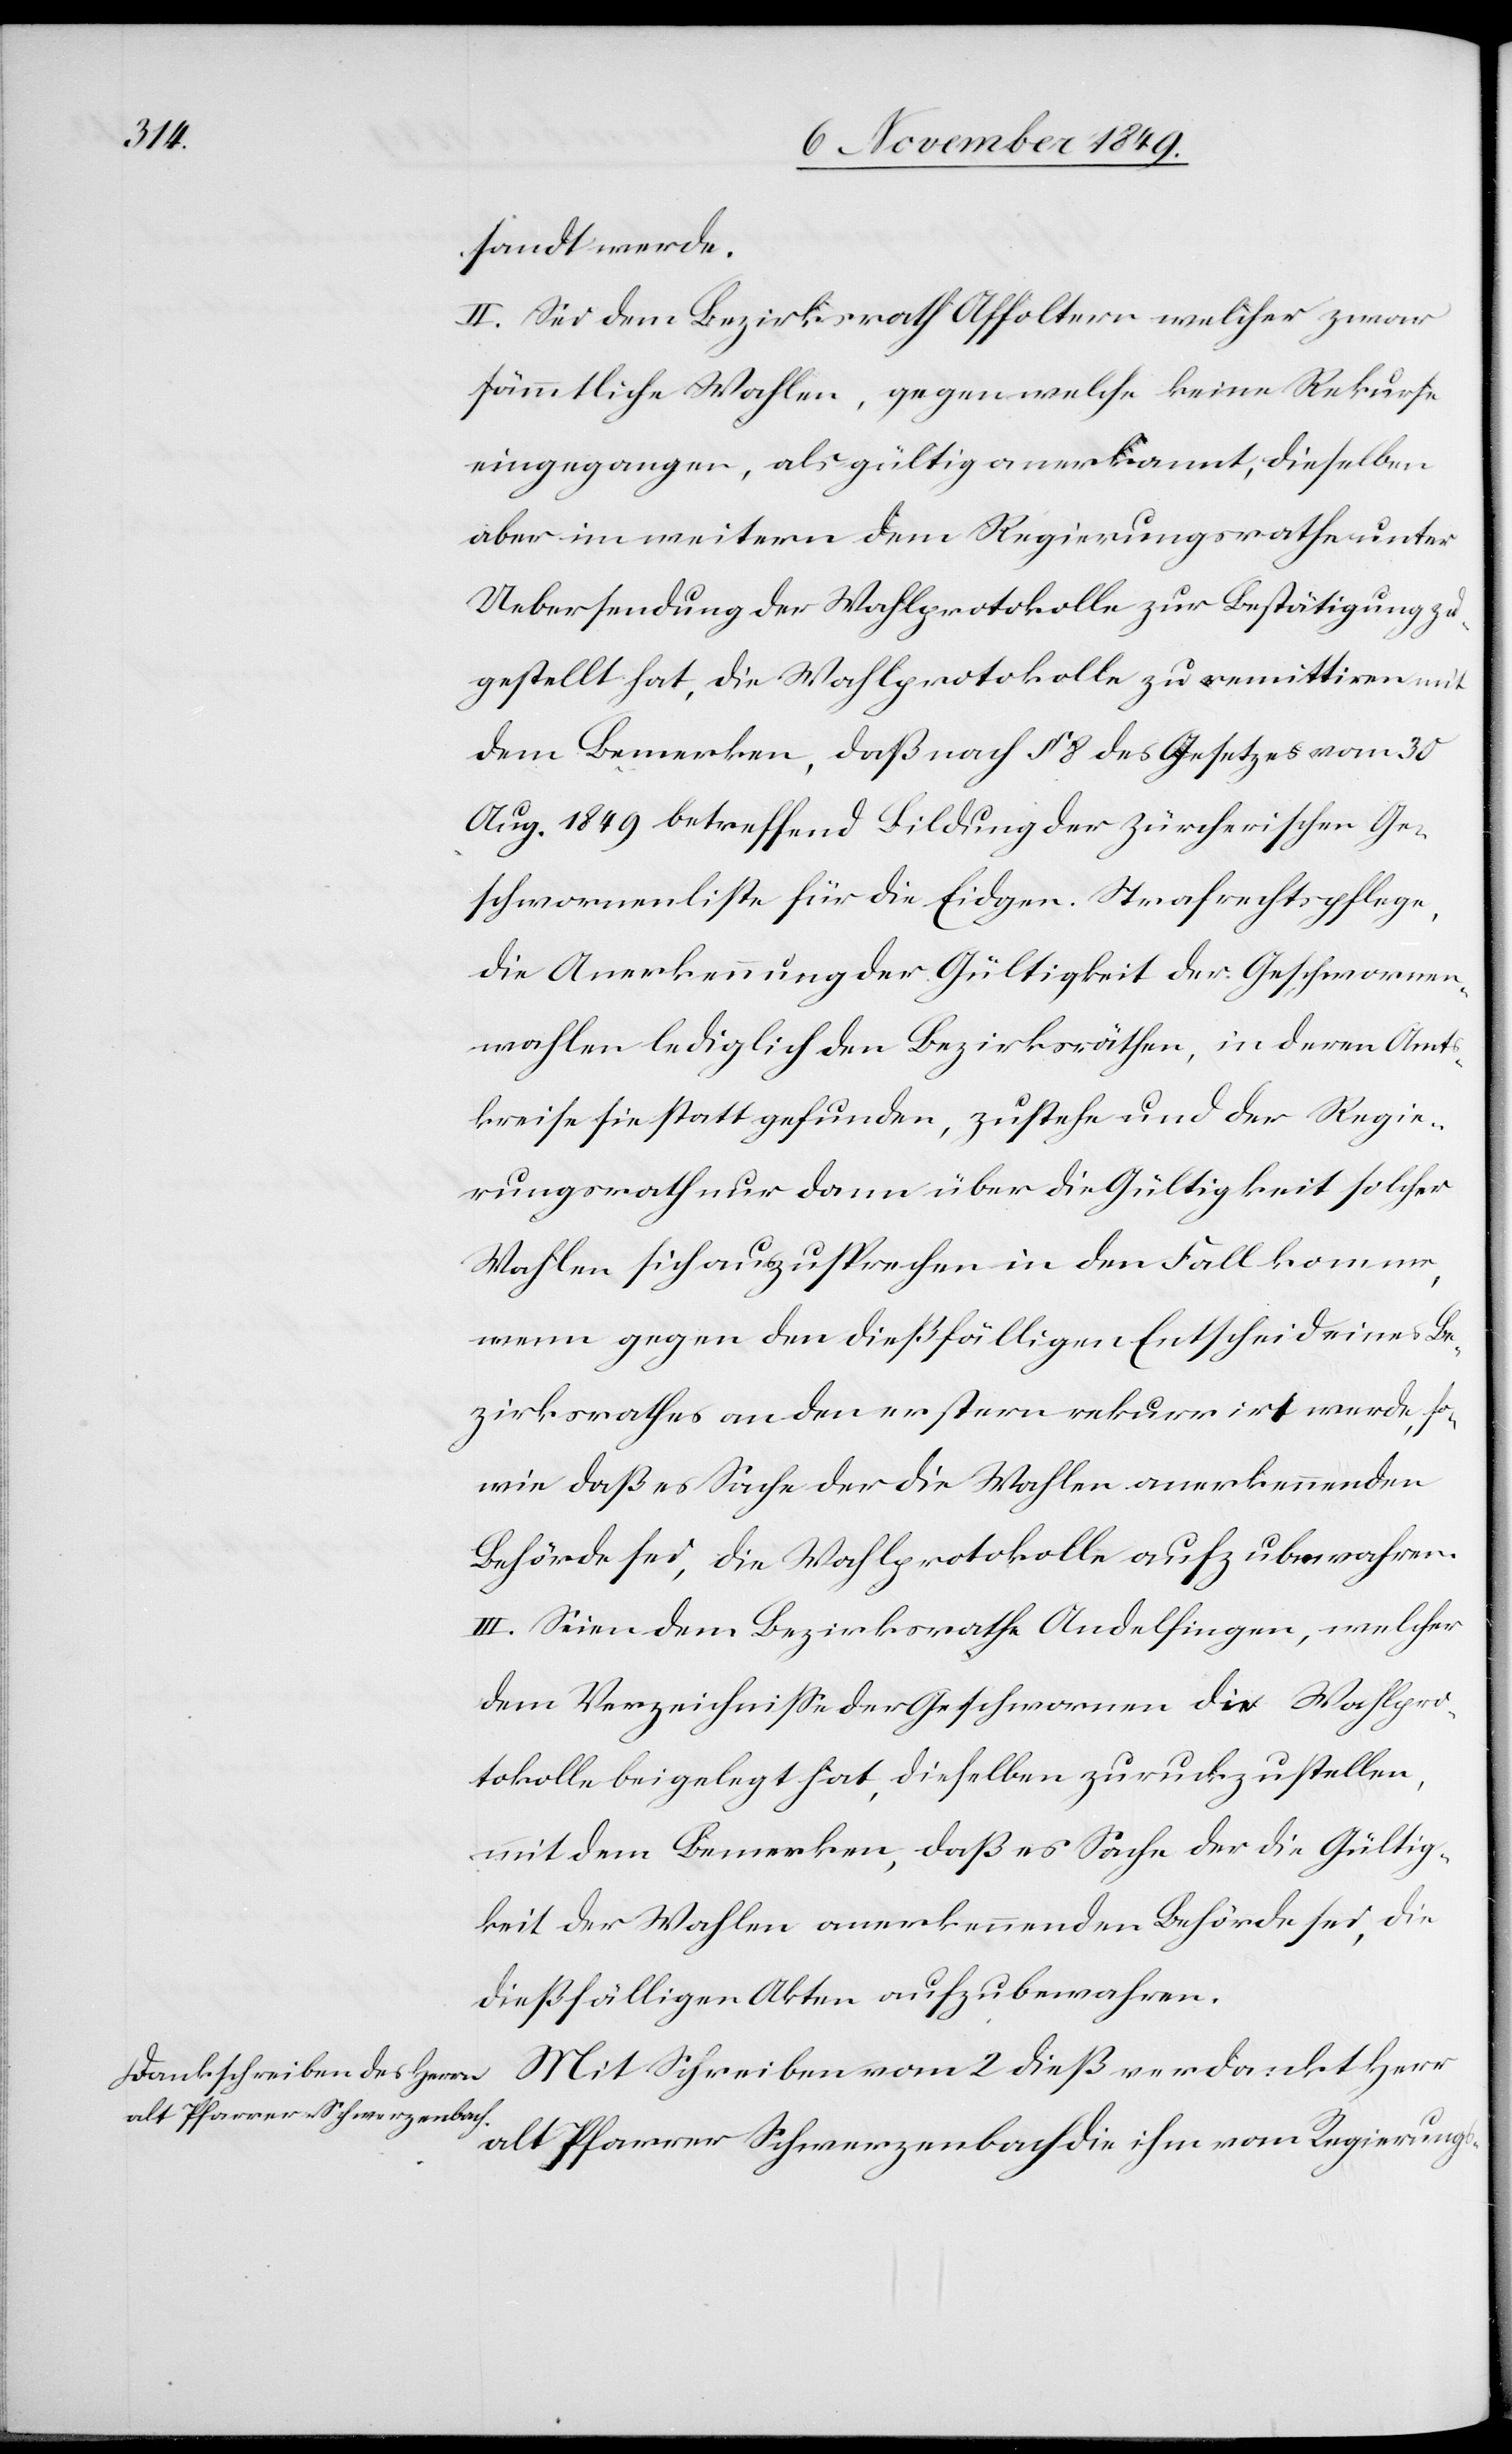
srathe

sandt werde.
II. Sei dem Bezirksrath Affoltern welcher zwar
sämmtliche Wahlen, gegen welche keine Rekurse
eingegangen, als gültig anerkannt, dieselben
aber im weitern dem Regierungsrathe unter
Uebersendung der Wahlprotokolle zur Bestätigung zu¬
gestellt hat, die Wahlprotokolle zu remittiren mit
dem Bemerken, daß nach § 8 des Gesetzes vom 30
Aug. 1849 betreffend Bildung der zürcherischen Ge¬
schworenenliste für die Eidg. Strafrechtspflege,
die Anerkennung der Gültigkeit der Geschworenen¬
wahlen lediglich den Bezirksräthen, in deren Amt¬
skreise sie stattgefunden, zustehe und der Regie¬
rungsrath nur dann über die Gültigkeit solcher
Wahlen sich auszusprechen in den Fall komme,
wenn gegen den dießfälligen Entscheid eines Be¬
zirksrathes an den erstern rekurrirt werde, so¬
wie daß es Sache der die Wahlen anerkennenden
Behörde sei, die Wahlprotokolle aufzubewahren.
III. Seien dem Bezirksrathe Andelfingen, welcher
dem Verzeichniße der Geschworenen die Wahlpro¬
tokolle beigelegt hat, dieselben zurückzustellen,
mit dem Bemerken, daß es Sache der die Gültig¬
keit der Wahlen anerkennenden Behörde sei, die
dießfälligen Akten aufzubewahren.
alt Pfarrer Schwerzenbach die ihm vom Regierung¬